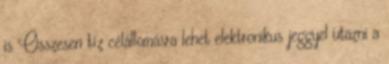
is Összesen tíz célállomásra lehet elektronikus jeggyel utazni a